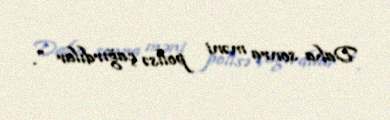
Daha sonra məni polisə çağırdılar ".